Leaving Certificate Examination, 1911
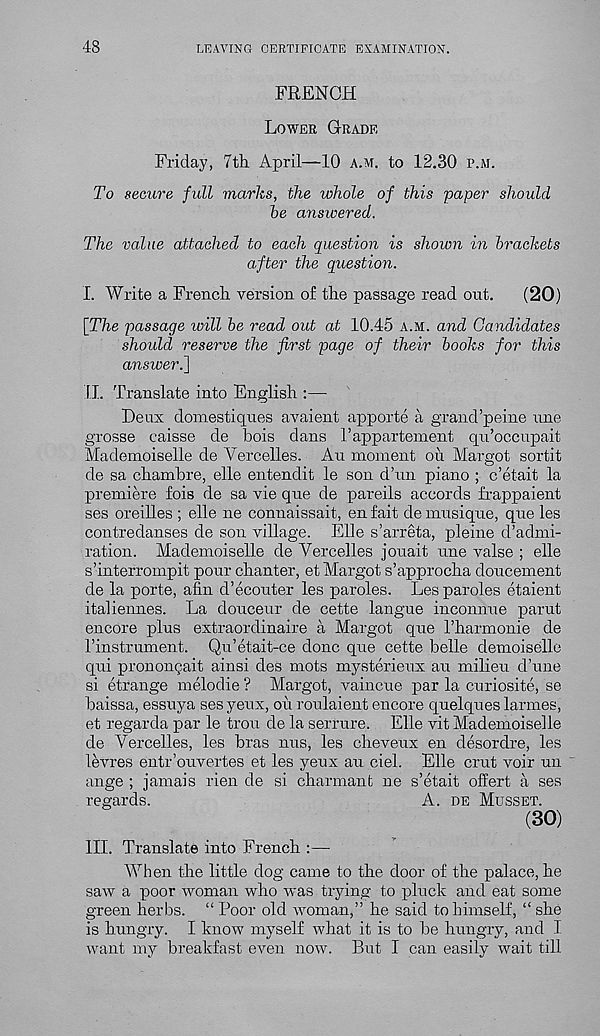
48
LEAVING CERTIFICATE EXAMINATION.
FRENCH
Lower Grade
Friday, 7th April—10 a.m. to 12.30 p.m.
To secure full marks, the whole of this paper should
he answered.
The value attached to each question is shown in brackets
after the question.
I. Write a French version of the passage read out.
(20)
[The passage will he read out at 10.45 a.m. and Candidates
should reserve the first page of their books for this
answer.]
II. Translate into English :—
Deux domestiques avaient apporte a grand’peine une
grosse caisse de hois dans jfappartement qu’occupait
Mademoiselle de Vercelles. Au moment ou Margot sortit
de sa chambre, elle entendit le son d’un piano ; c’etait la
premiere fois de sa vie que de pareils accords frappaient
ses oreilles ; elle ne connaissait, en fait de musique, que les
contredanses de son village. Elle s’arreta, pleine d’admi-
ration. Mademoiselle de Vercelles jouait une valse ; elle
s’interrompit pour chanter, et Margot s’approcha doucement
de la porte, afin d’ecouter les paroles. Les paroles etaient
italiennes. La douceur de cette langue inconnue parut
encore plus extraordinaire a Margot que Tharmonie de
I’instrument. Qu’etait-ce done que cette belle demoiselle
qui pronongait ainsi des mots mysterieux au milieu d’une
si etrange melodie ? Margot, vaincue par la curiosite, se
baissa, essuya ses yeux, ou roulaient encore quelques larmes,
et regarda par le trou de la serrure. Elle vit Mademoiselle
de Vercelles, les bras nus, les cheveux en desordre, les
levres entr’ouvertes et les yeux au ciel. Elle crut voir un
ange ; jamais rien de si charmant ne s’etait offert a ses
regards.
A. de Musset.
(30)
III. Translate into French :—
When the little dog came to the door of the palace, he
saw a poor woman who was trying to pluck and eat some
green herbs. “ Poor old woman,” he said to himself, “ she
is hungry. I know myself what it is to be hungry, and I
want my breakfast even now. But I can easily wait till